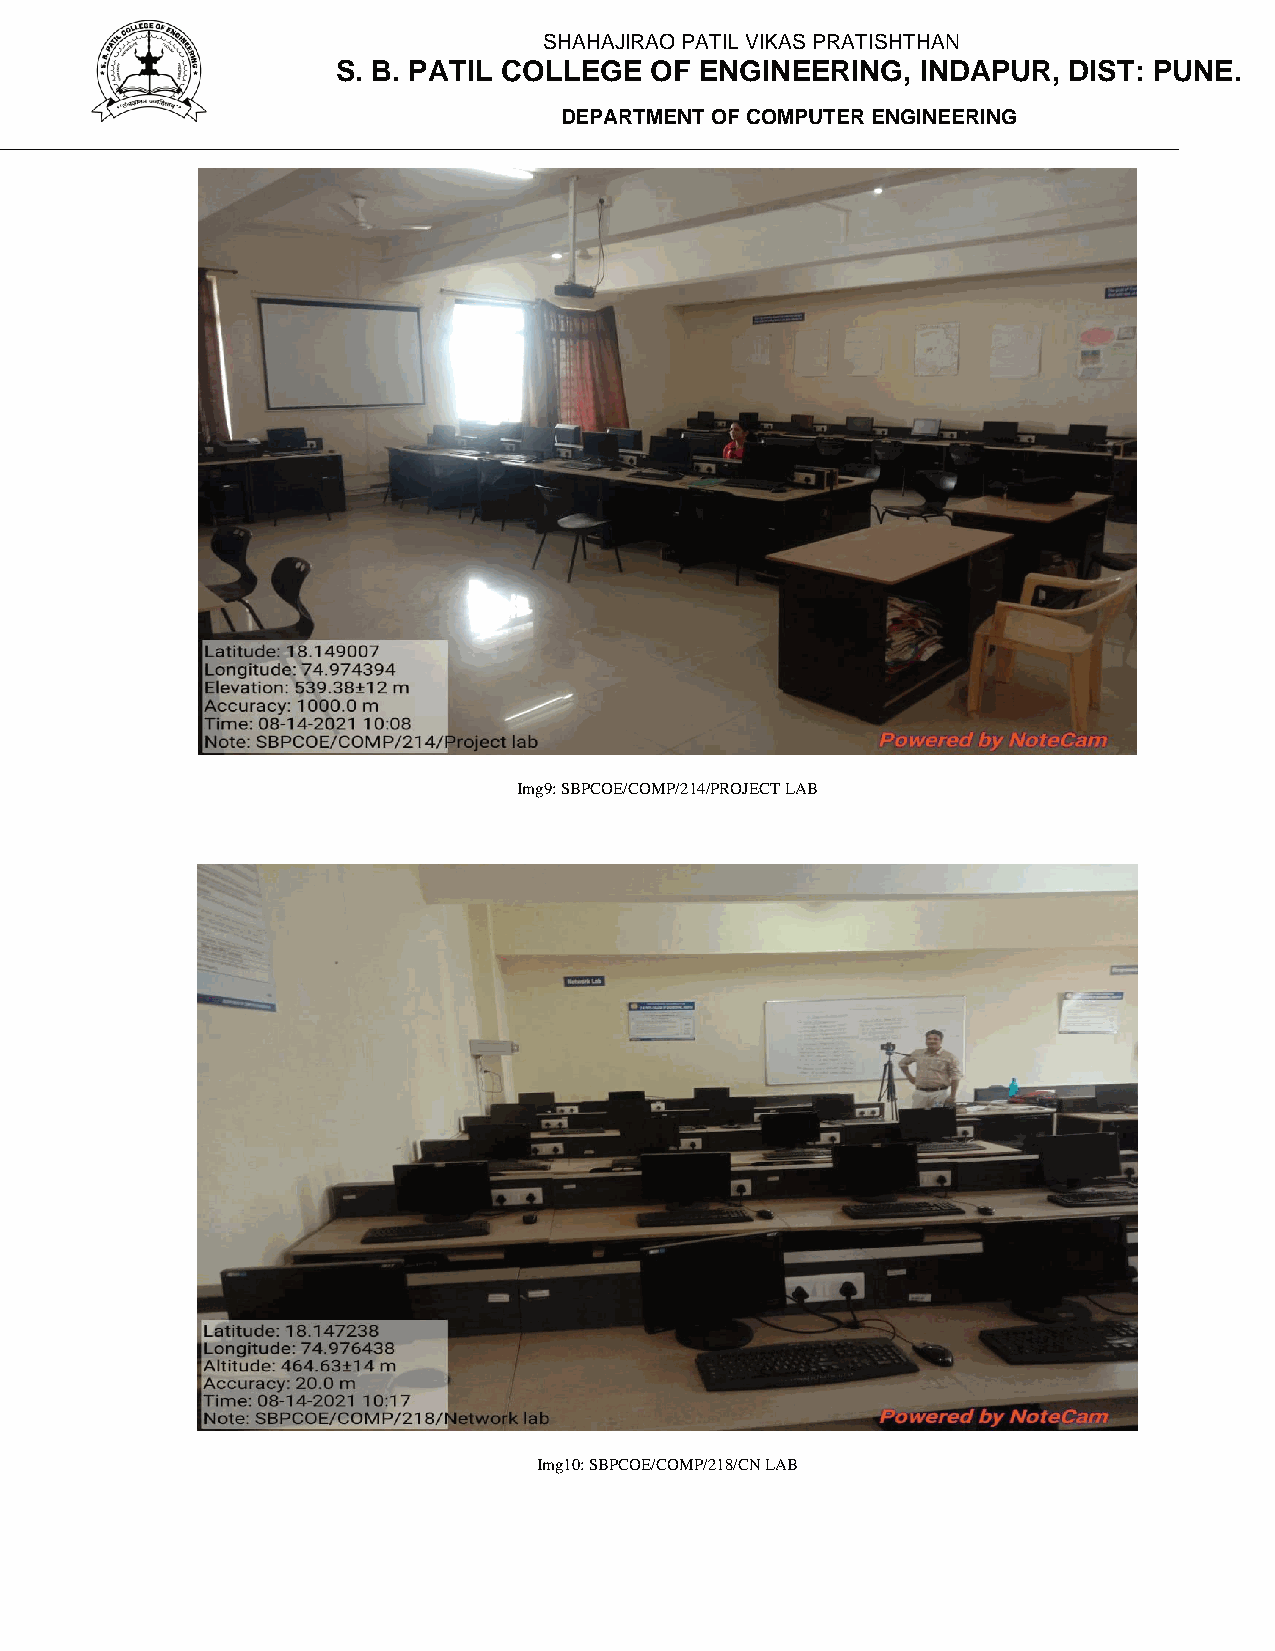
SHAHAJIRAO PATIL VIKAS PRATISHTHAN
 S. B. PATIL COLLEGE  OF ENGINEERING,   INDAPUR,  DIST: PUNE.
 DEPARTMENT OF COMPUTER ENGINEERING
 Img9: SBPCOE/COMP/214/PROJECT LAB
 Img10: SBPCOE/COMP/218/CN LAB